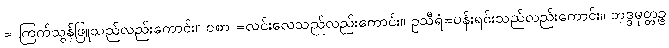
= ကြက်သွန်ဖြူသည်လည်းကောင်း။ ဝစာ =လင်းလေသည်လည်းကောင်း။ ဥသီရံ=ပန်းရင်းသည်လည်းကောင်း။ ဘဒ္ဒမုတ္တဉ္စ